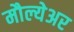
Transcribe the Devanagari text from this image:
मौल्येअर